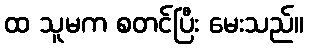
ထ သူမက စတင်ပြီး မေးသည်။